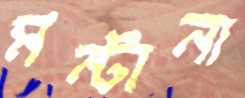
মন্টানা